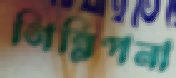
গিন্নিপনা